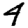
Digit: 4